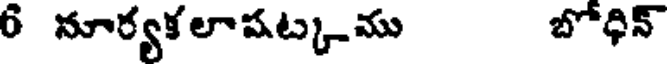
6 నూర్యకలాషట్కము బోధిన్